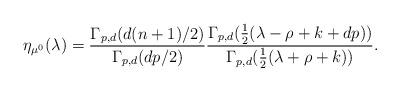
LaTeX: \begin{align*}\eta_{\mu^0} (\lambda) = \frac{\Gamma_{p, d} (d (n+1) / 2)}{\Gamma_{p, d} (d p / 2)} \frac{\Gamma_{p, d}(\frac{1}{2} (\lambda - \rho + k + d p))}{\Gamma_{p, d} (\frac{1}{2} (\lambda + \rho + k))}.\end{align*}